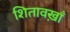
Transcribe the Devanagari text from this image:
शितावख़ाँ